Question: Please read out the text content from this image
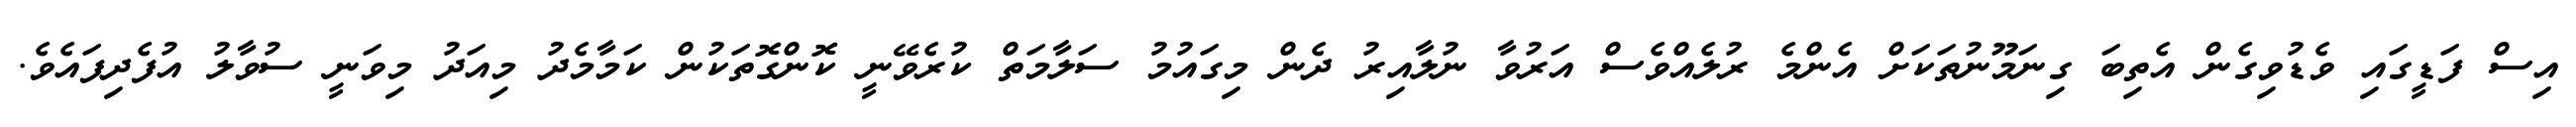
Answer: އިސް ފަޑީގައި ވެޑުވިގެން އެތިބަ ގިނަމޫނުތަކަށް އެންމެ ރުލެއްވެސް އަރުވާ ނުލާއިރު ދެން މިގައުމު ސަލާމަތް ކުރެވޭނީ ކޮންގޮތަކުން ކަމާމެދު މިއަދު މިވަނީ ސުވާލު އުފެދިފައެވެ.